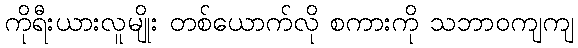
ကိုရီးယားလူမျိုး တစ်ယောက်လို စကားကို သဘာဝကျကျ